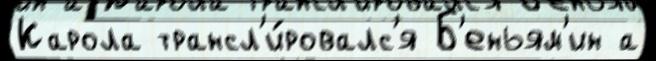
Карола трансл'и́ровалс'я Б'еньям'ин а